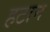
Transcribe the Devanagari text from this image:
हटान